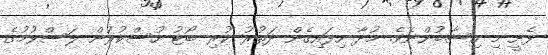
ފެށީ މި ހިސާބުންނެވެ. މުދާ ހިފައިގެން ދަތުރު ކުރި ބޯޓު ހުސްކުރުން ލަސްވުމުގެ